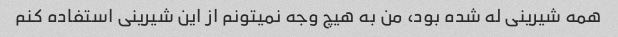
همه شیرینی له شده بود، من به هیچ وجه نمیتونم از این شیرینی استفاده کنم